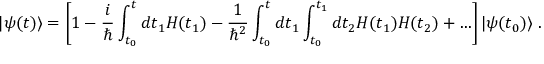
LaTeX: | \psi ( t ) \rangle = \left[ 1 - { \frac { i } { \hbar } } \int _ { t _ { 0 } } ^ { t } d t _ { 1 } H ( t _ { 1 } ) - { \frac { 1 } { \hbar ^ { 2 } } } \int _ { t _ { 0 } } ^ { t } d t _ { 1 } \int _ { t _ { 0 } } ^ { t _ { 1 } } d t _ { 2 } H ( t _ { 1 } ) H ( t _ { 2 } ) + \ldots \right] | \psi ( t _ { 0 } ) \rangle ~ .